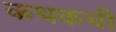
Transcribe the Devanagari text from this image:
कथकची